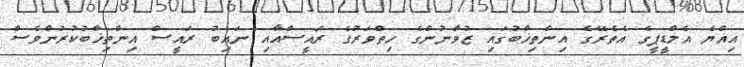
އިއްޔެ އެމްޑީޕީގެ އެތެރޭގެ އިންތިޚާބުގައި ޒުވާނުންގެ ހިތްވަރުގެ ރައީސްއާއި ނައިބު ރައީސް އިންތިޚާބުކުރުންވެސް